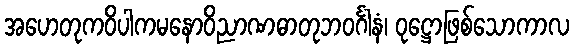
အဟေတုကဝိပါကမနောဝိညာဏဓာတုဘဝင်္ဂါနံ၊ ဝုဋ္ဌောဖြစ်သောကာလ